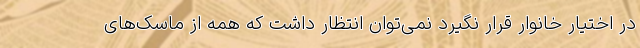
در اختیار خانوار قرار نگیرد نمی‌توان انتظار داشت که همه از ماسک‌های